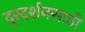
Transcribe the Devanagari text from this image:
दूरदर्शनसाठी